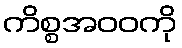
ကိစ္စအဝဝကို